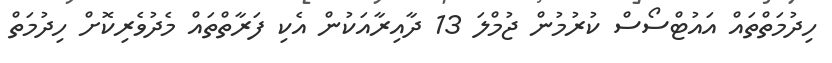
ހިދުމަތްތައް އައުޓްސޯސް ކުރުމުން ޖުމްލަ 13 ދާއިރާއަކުން އެކި ފަރާތްތައް މެދުވެރިކޮށް ހިދުމަތް